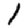
Digit: 1